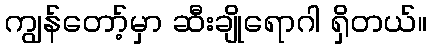
ကျွန်တော့်မှာ ဆီးချိုရောဂါ ရှိတယ်။